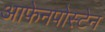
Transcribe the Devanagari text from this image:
आफेनपोस्टेन